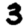
Digit: 3